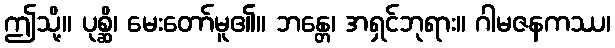
ဤသို့။ ပုစ္ဆိ၊ မေးတော်မူ၏။ ဘန္တေ၊ အရှင်ဘုရား။ ဂါမဇနကဿ၊